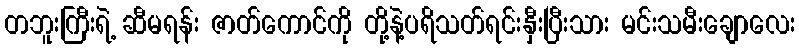
တဘူးကြီးရဲ့ ဆီမရန်း ဇာတ်ကောင်ကို တို့နဲ့ပရိသတ်ရင်းနှီးပြီးသား မင်းသမီးချောလေး